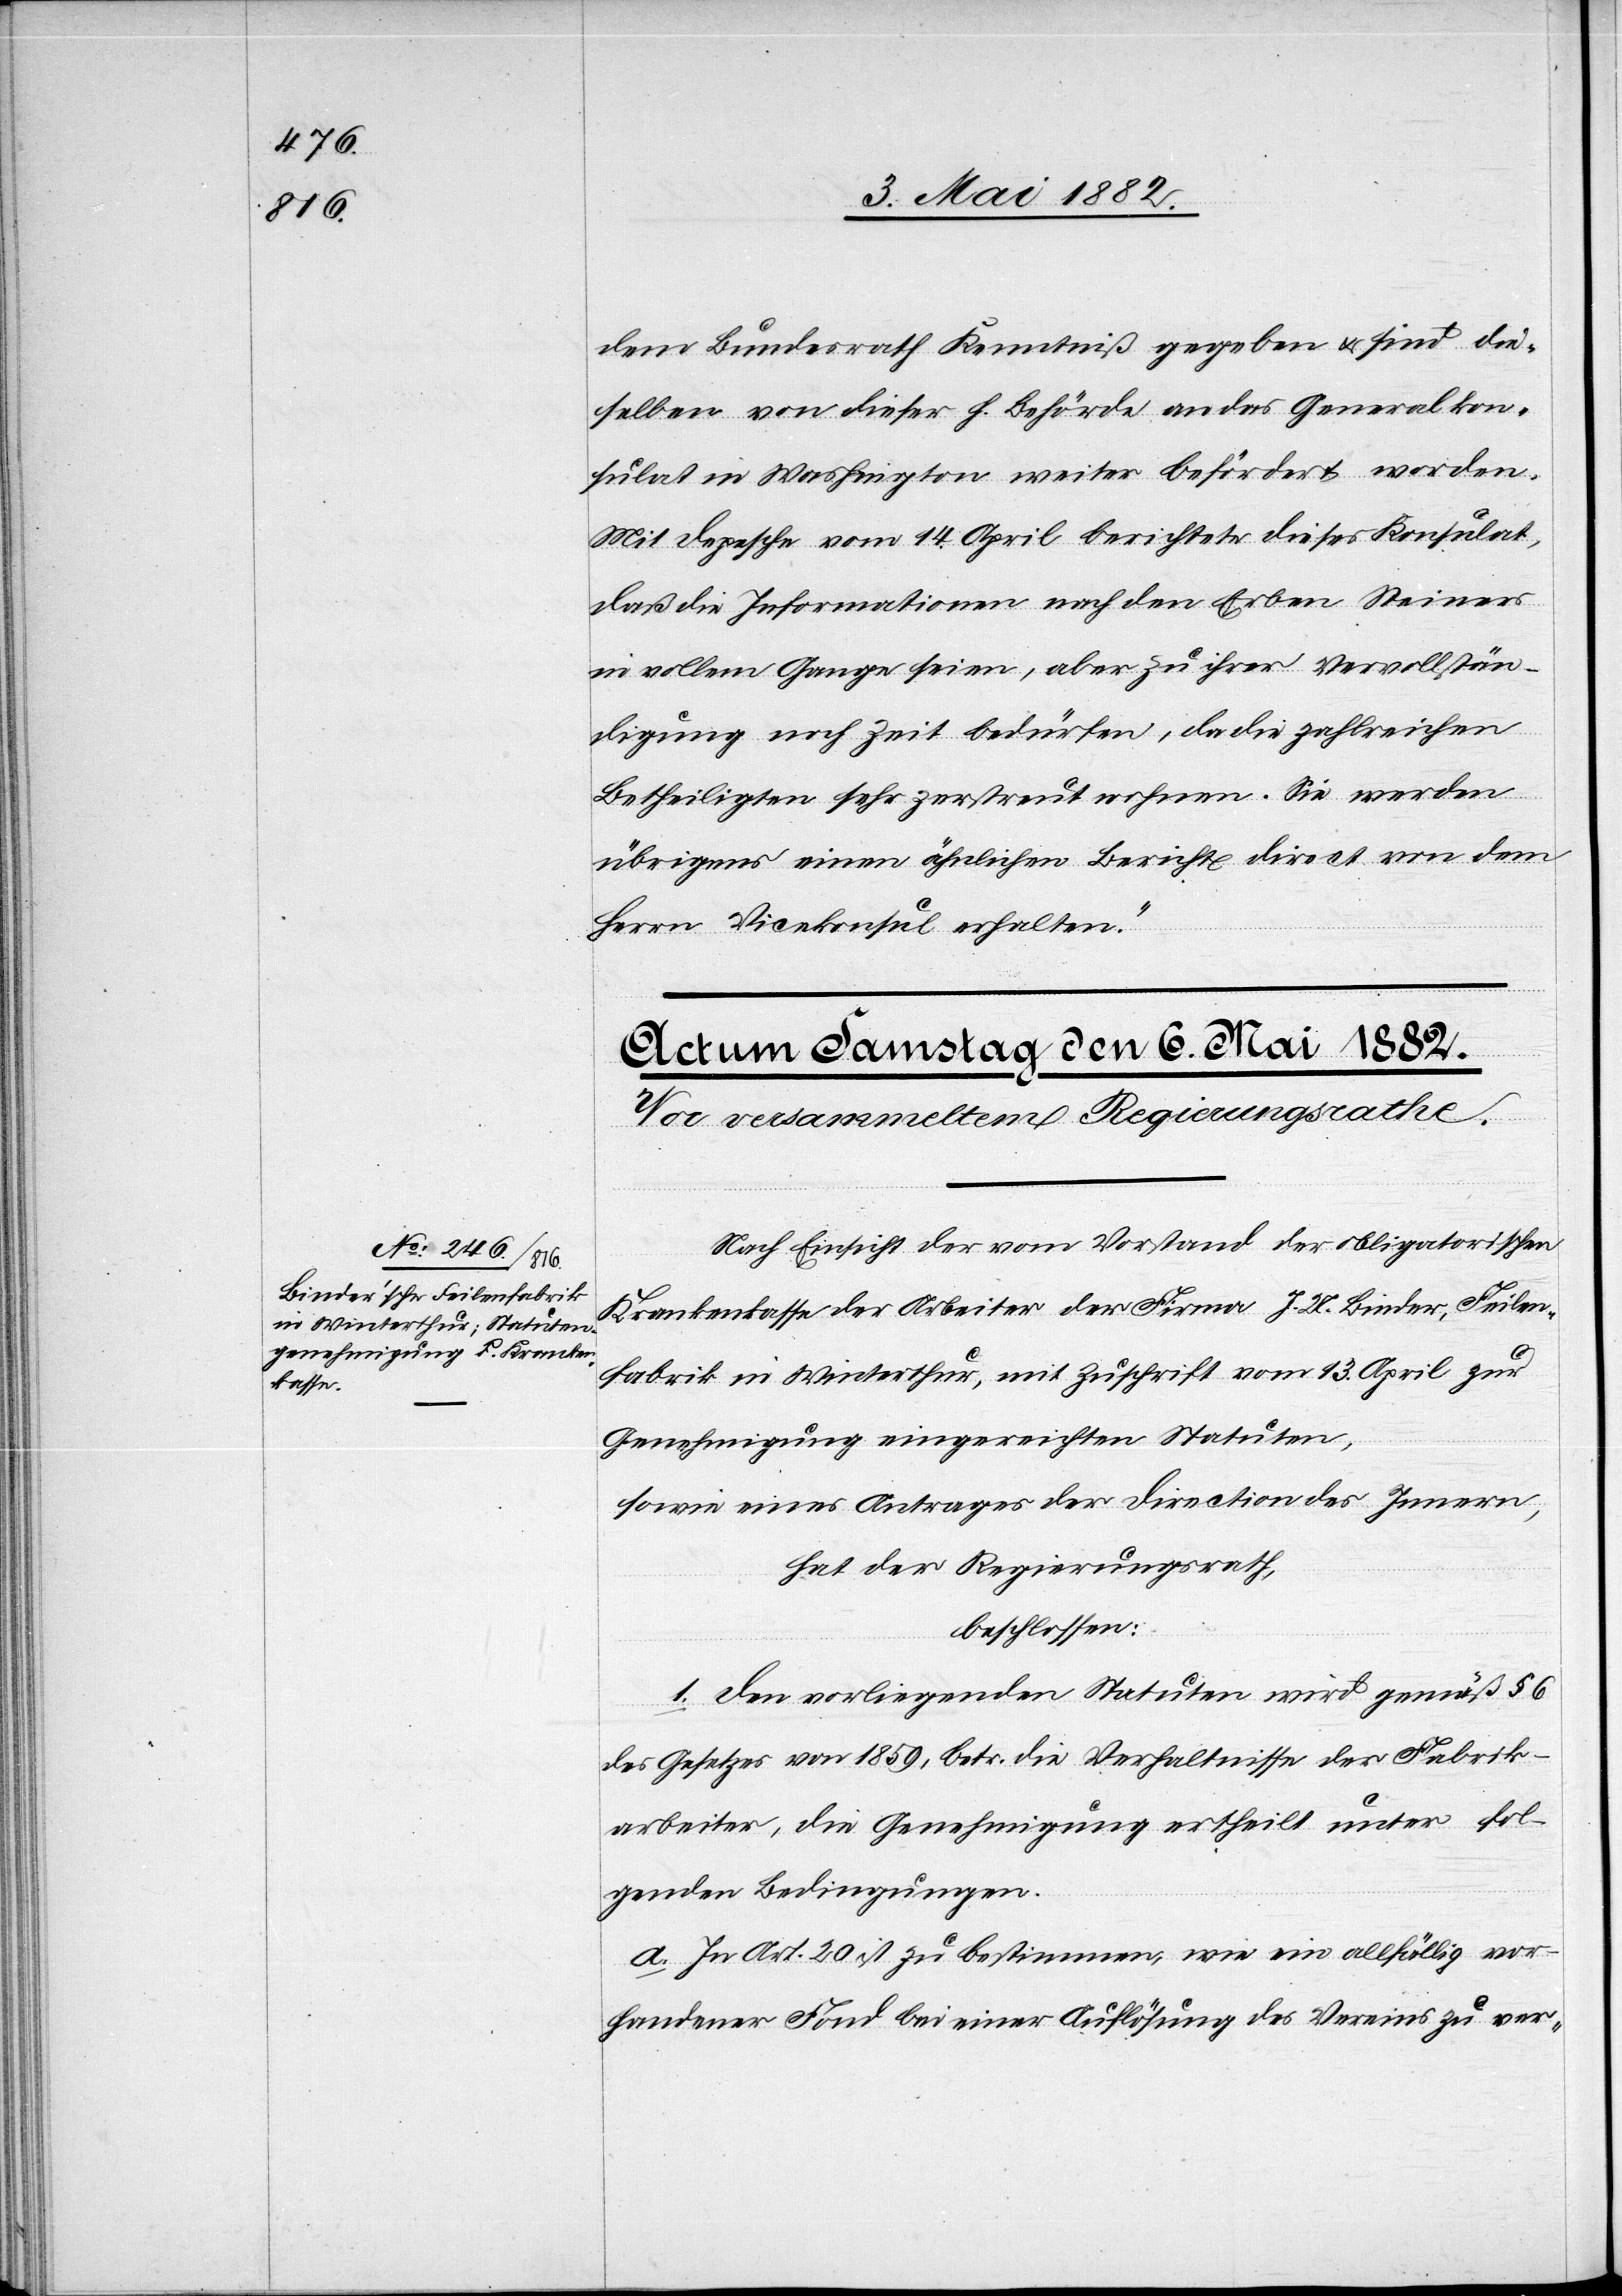
dem Bundesrath Kenntniß gegeben & sind die¬
selben von dieser h. Behörde an das Generalkon¬
sulat in Washington weiter befördert worden.
Mit Depesche vom 14. April berichtete dieses Konsulat,
daß die Informationen nach den Erben Steiners
in vollem Gange seien, aber zu ihrer Vervollstän¬
digung noch Zeit bedürfen, da die zahlreichen
Betheiligten sehr zerstreut wohnen. Sie werden
übrigens einen ähnlichen Bericht direct von dem
Herrn Vicekonsul erhalten.“
Nach Einsicht der vom Vorstand der obligatorischen
Krankenkasse der Arbeiter der Firma J. A. Binder, Feilen¬
fabrik in Winterthur, mit Zuschrift vom 13. April zur
Genehmigung eingereichten Statuten,
sowie eines Antrages der Direction des Innern,
hat der Regierungsrath,
beschlossen:
1. Den vorliegenden Statuten wird gemäß § 6
des Gesetzes von 1859, betr. die Verhältnisse der Fabrik¬
arbeiter, die Genehmigung ertheilt unter fol¬
genden Bedingungen:
In Art. 20 ist zu bestimmen, wie ein allfällig vor¬
handener Fond bei einer Auflösung des Vereins zu ver-